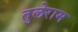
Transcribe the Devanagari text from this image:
तुलेराम